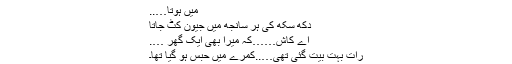
میں ہوتا…..
دکھ سکھ کی ہر سانجھ میں جیون کٹ جاتا
اے کاش……کہ میرا بھی ایک گھر ….
رات بہت بیت گئی تھی…..کمرے میں حبس ہو گیا تھا۔